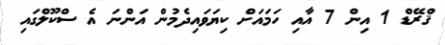
ޤްރޭޑް 1 އިން 7 އާއި ހަމައަށް ކިޔަވައިދެމުން އަންނަ އެ ސްކޫލްގައި